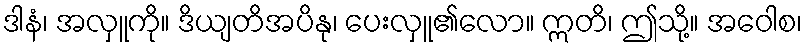
ဒါနံ၊ အလှူကို။ ဒိယျတိအပိနု၊ ပေးလှူ၏လော။ ဣတိ၊ ဤသို့။ အဝေါစ၊